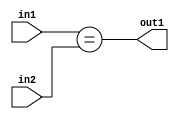
`timescale 1ps / 1ps
/*****************************************************************************
    Verilog RTL Description
    
    
    Created by: Stratus DpOpt 21.05.01 
*******************************************************************************/

module SobelFilter_Equal_6Ux6U_1U_4 (
	in2,
	in1,
	out1
	); /* architecture "behavioural" */ 
input [5:0] in2,
	in1;
output  out1;
wire  asc001;

assign asc001 = (in1==in2);

assign out1 = asc001;
endmodule

/* CADENCE  urjwSw0= : u9/ySxbfrwZIxEzHVQQV8Q== ** DO NOT EDIT THIS LINE ******/